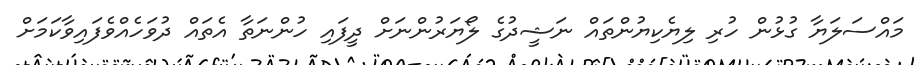
މައްސަލަޔާ ގުޅުން ހުރި ލިޔެކިޔުންތައް ނަޝީދުގެ ލޯޔަރުންނަށް ދީފައި ހުންނަތާ އެތައް ދުވަހެއްވެފައިވާކަމަށް